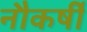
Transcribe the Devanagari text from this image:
नौकर्षी